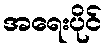
အရေးပိုင်